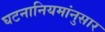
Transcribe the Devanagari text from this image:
घटनानियमांनुसार